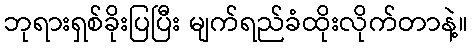
ဘုရားရှစ်ခိုးပြပြီး မျက်ရည်ခံထိုးလိုက်တာနဲ့။